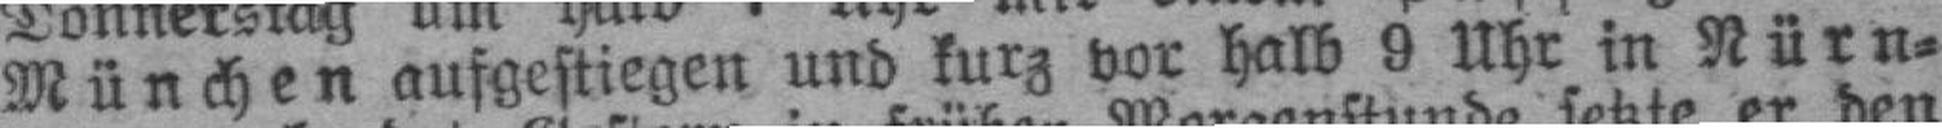
München aufgestiegen und kurz vor halb 9 Uhr in Nürn¬